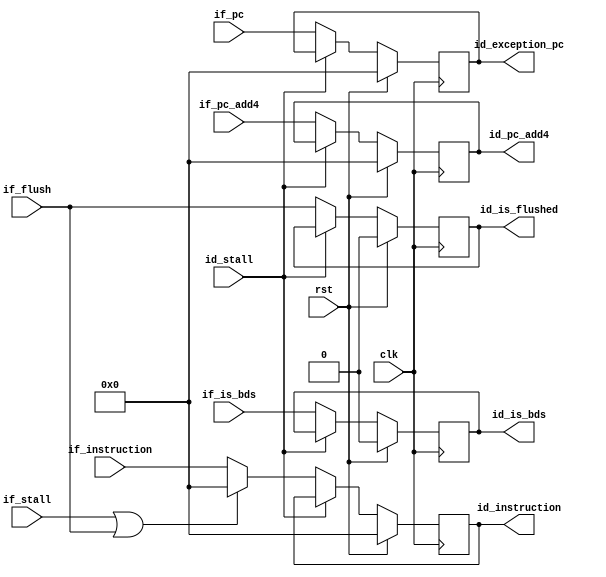
module musb_ifid_register(
    input               clk,                
    input               rst,                
    input       [31:0]  if_instruction,     
    input       [31:0]  if_pc_add4,         
    input       [31:0]  if_pc,              
    input               if_is_bds,          
    input               if_flush,           
    input               if_stall,           
    input               id_stall,           
    output  reg [31:0]  id_instruction,     
    output  reg [31:0]  id_pc_add4,         
    output  reg [31:0]  id_exception_pc,    
    output  reg         id_is_bds,          
    output  reg         id_is_flushed       
    );
    always @(posedge clk) begin
        id_instruction  <= (rst) ? 32'b0 : ((id_stall) ? id_instruction  : ((if_stall | if_flush) ? 32'b0 : if_instruction));
        id_pc_add4      <= (rst) ? 32'b0 : ((id_stall) ? id_pc_add4                                       : if_pc_add4);     
        id_exception_pc <= (rst) ? 32'b0 : ((id_stall) ? id_exception_pc                                  : if_pc);          
        id_is_bds       <= (rst) ? 1'b0  : ((id_stall) ? id_is_bds                                        : if_is_bds);
        id_is_flushed   <= (rst) ? 1'b0  : ((id_stall) ? id_is_flushed                                    : if_flush);
    end
endmodule